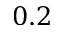
0 . 2